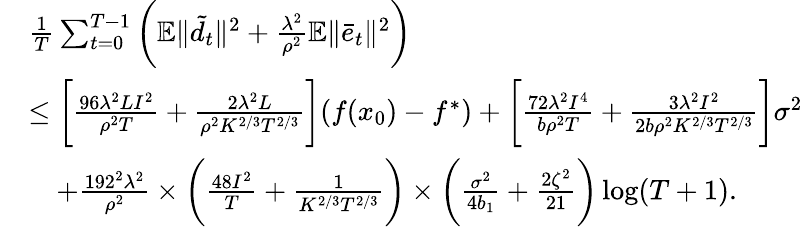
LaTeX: \begin{array}{rl}&{\frac{1}{T}\sum_{t=0}^{T-1}\bigg(\mathbb{E}\| \tilde{d_{t}}\| ^{2}+\frac{\lambda^{2}}{\rho^{2}}\mathbb{E}\| \bar{e}_{t}\| ^{2}\bigg)}\\ &{\leq\bigg[\frac{96\lambda^{2}LI^{2}}{\rho^{2}T}+\frac{2\lambda^{2}L}{\rho^{2}K^{2/3}T^{2/3}}\bigg](f(x_{0})-f^{\ast})+\bigg[\frac{72\lambda^{2}I^{4}}{b\rho^{2}T}+\frac{3\lambda^{2}I^{2}}{2b\rho^{2}K^{2/3}T^{2/3}}\bigg]\sigma^{2}}\\ &{\quad+\frac{192^{2}\lambda^{2}}{\rho^{2}}\times\bigg(\frac{48I^{2}}{T}+\frac{1}{K^{2/3}T^{2/3}}\bigg)\times\bigg(\frac{\sigma^{2}}{4b_{1}}+\frac{2\zeta^{2}}{21}\bigg)\log(T+1).}\end{array}